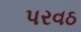
પરવઠ